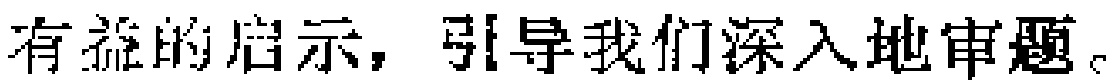
有益的启示，引导我们深入地审题。